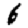
Digit: 6